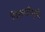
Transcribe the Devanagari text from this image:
पिछाडीमुळे